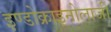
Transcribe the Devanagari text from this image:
इण्डोक्राइनोलाजी